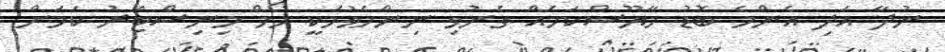
ނުދާ އަދި އެންމެ ބޮޑު މާޔޫސްކަމެއް ގެނުވި ނިންމެވުމަކީ ހޯމް މިނިސްޓަރު ކަމަށް